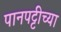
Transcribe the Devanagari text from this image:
पानपट्टीच्या